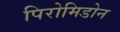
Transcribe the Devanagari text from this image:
पिरोमिडोन